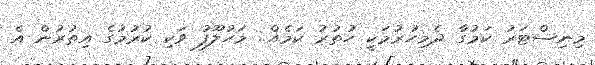
މިނިސްޓަރު ކަމުގާ ދެމިހުރުމަކީ ހުތުރު ކަމެއް.. މަހުލޫފު ވަކި ކުރުމުގެ އިތުރުން އެ